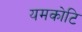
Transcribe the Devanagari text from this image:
यमकोटि